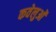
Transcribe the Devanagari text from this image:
कवेलुओं